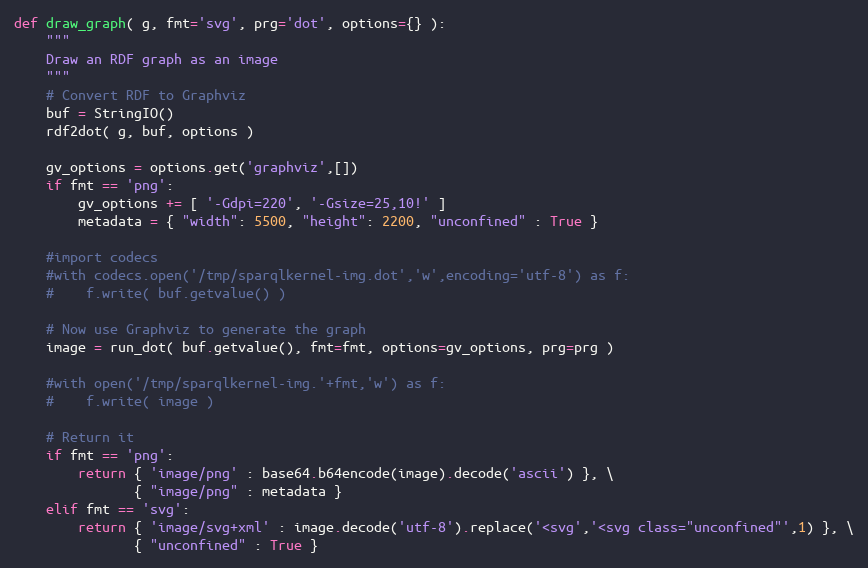
Language: Python
def draw_graph( g, fmt='svg', prg='dot', options={} ):
    """
    Draw an RDF graph as an image
    """
    # Convert RDF to Graphviz
    buf = StringIO()
    rdf2dot( g, buf, options )

    gv_options = options.get('graphviz',[])
    if fmt == 'png':
        gv_options += [ '-Gdpi=220', '-Gsize=25,10!' ]
        metadata = { "width": 5500, "height": 2200, "unconfined" : True }

    #import codecs
    #with codecs.open('/tmp/sparqlkernel-img.dot','w',encoding='utf-8') as f:
    #    f.write( buf.getvalue() )

    # Now use Graphviz to generate the graph
    image = run_dot( buf.getvalue(), fmt=fmt, options=gv_options, prg=prg )

    #with open('/tmp/sparqlkernel-img.'+fmt,'w') as f:
    #    f.write( image )

    # Return it
    if fmt == 'png':
        return { 'image/png' : base64.b64encode(image).decode('ascii') }, \
               { "image/png" : metadata }
    elif fmt == 'svg':
        return { 'image/svg+xml' : image.decode('utf-8').replace('<svg','<svg class="unconfined"',1) }, \
               { "unconfined" : True }